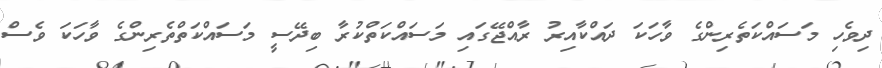
ދިވެހި މަސައްކަތެރިންގެ ވާހަކަ ދައްކާއިރު ރާއްޖޭގައި މަސައްކަތްކުރާ ބިދޭސީ މަސައްކަތްތެރިންގެ ވާހަކަ ވެސް